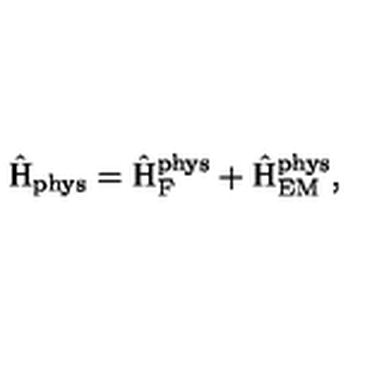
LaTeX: \hat { \mathrm { H } } _ { \mathrm { p h y s } } = \hat { \mathrm { H } } _ { \mathrm { F } } ^ { \mathrm { p h y s } } + \hat { \mathrm { H } } _ { \mathrm { E M } } ^ { \mathrm { p h y s } } ,